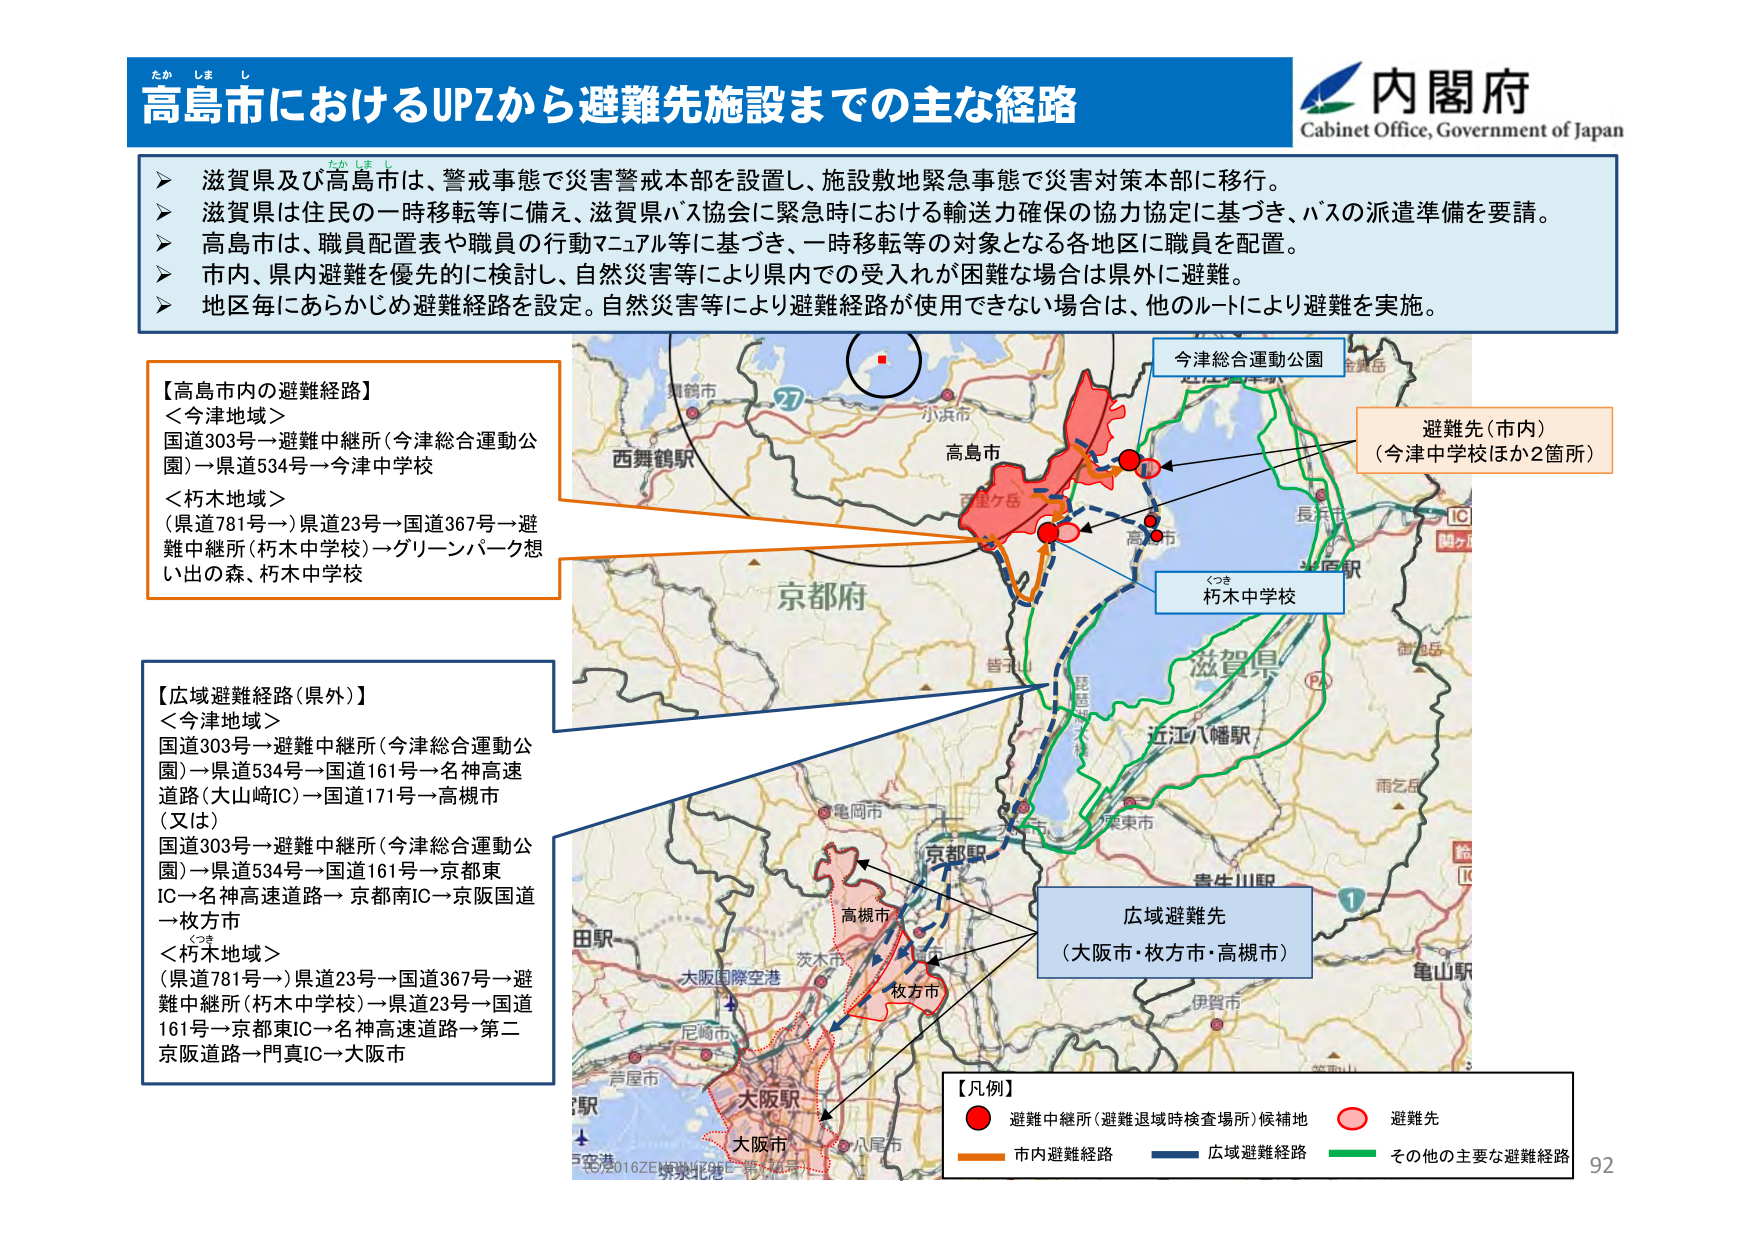
たか しま し
高島市におけるUPZから避難先施設までの主な経路
Cabinet Office, Government of Japan
内閣府

➤ 滋賀県及び高島市は、警戒事態で災害警戒本部を設置し、施設敷地緊急事態で災害対策本部に移行。
➤ 滋賀県は住民の一時移転等に備え、滋賀県バス協会に緊急時における輸送力確保の協力協定に基づき、バスの派遣準備を要請。
➤ 高島市は、職員配置表や職員の行動マニュアル等に基づき、一時移転等の対象となる各地区に職員を配置。
➤ 市内、県内避難を優先的に検討し、自然災害等により県内での受入れが困難な場合は県外に避難。
➤ 地区毎にあらかじめ避難経路を設定。自然災害等により避難経路が使用できない場合は、他のルートにより避難を実施。

【高島市内の避難経路】
＜今津地域＞
国道303号→避難中継所（今津総合運動公園）→県道534号→今津中学校
＜朽木地域＞
（県道781号→）県道23号→国道367号→避難中継所（朽木中学校）→グリーンパーク想い出の森、朽木中学校

【広域避難経路（県外）】
＜今津地域＞
国道303号→避難中継所（今津総合運動公園）→県道534号→国道161号→名神高速道路（大山崎IC）→国道171号→高槻市
（又は）
国道303号→避難中継所（今津総合運動公園）→県道534号→国道161号→京都東IC→名神高速道路→京都南IC→京阪国道→枚方市
＜朽木地域＞
（県道781号→）県道23号→国道367号→避難中継所（朽木中学校）→県道23号→国道161号→京都東IC→名神高速道路→第二京阪道路→門真IC→大阪市

今津総合運動公園
避難先（市内）
（今津中学校ほか2箇所）
くつき
朽木中学校
広域避難先
（大阪市・枚方市・高槻市）

【凡例】
● 避難中継所（避難退域時検査場所）候補地
○ 避難先
■ 市内避難経路
■ 広域避難経路
■ その他の主要な避難経路

西舞鶴駅
小浜市
高島市
百里ケ岳
京都府
滋賀県
近江八幡駅
長浜市
光原駅
鶴ヶ
IC
雨乞岳
鶴岡市
大津市
草木市
亀岡市
京都市
大山崎IC
高槻市
枚方市
大阪市
大阪駅
大阪国際空港
尼崎市
芦屋市
八尾市
伊賀市
亀山駅
青生川駅
田駅
5空港
赤羽台
92
©2016ZENRIN/株式会社ゼンリン